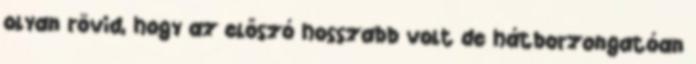
olyan rövid, hogy az előszó hosszabb volt de hátborzongatóan